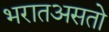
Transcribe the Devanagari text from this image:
भरातअसतो